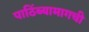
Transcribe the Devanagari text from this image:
पाठिंब्यामागची